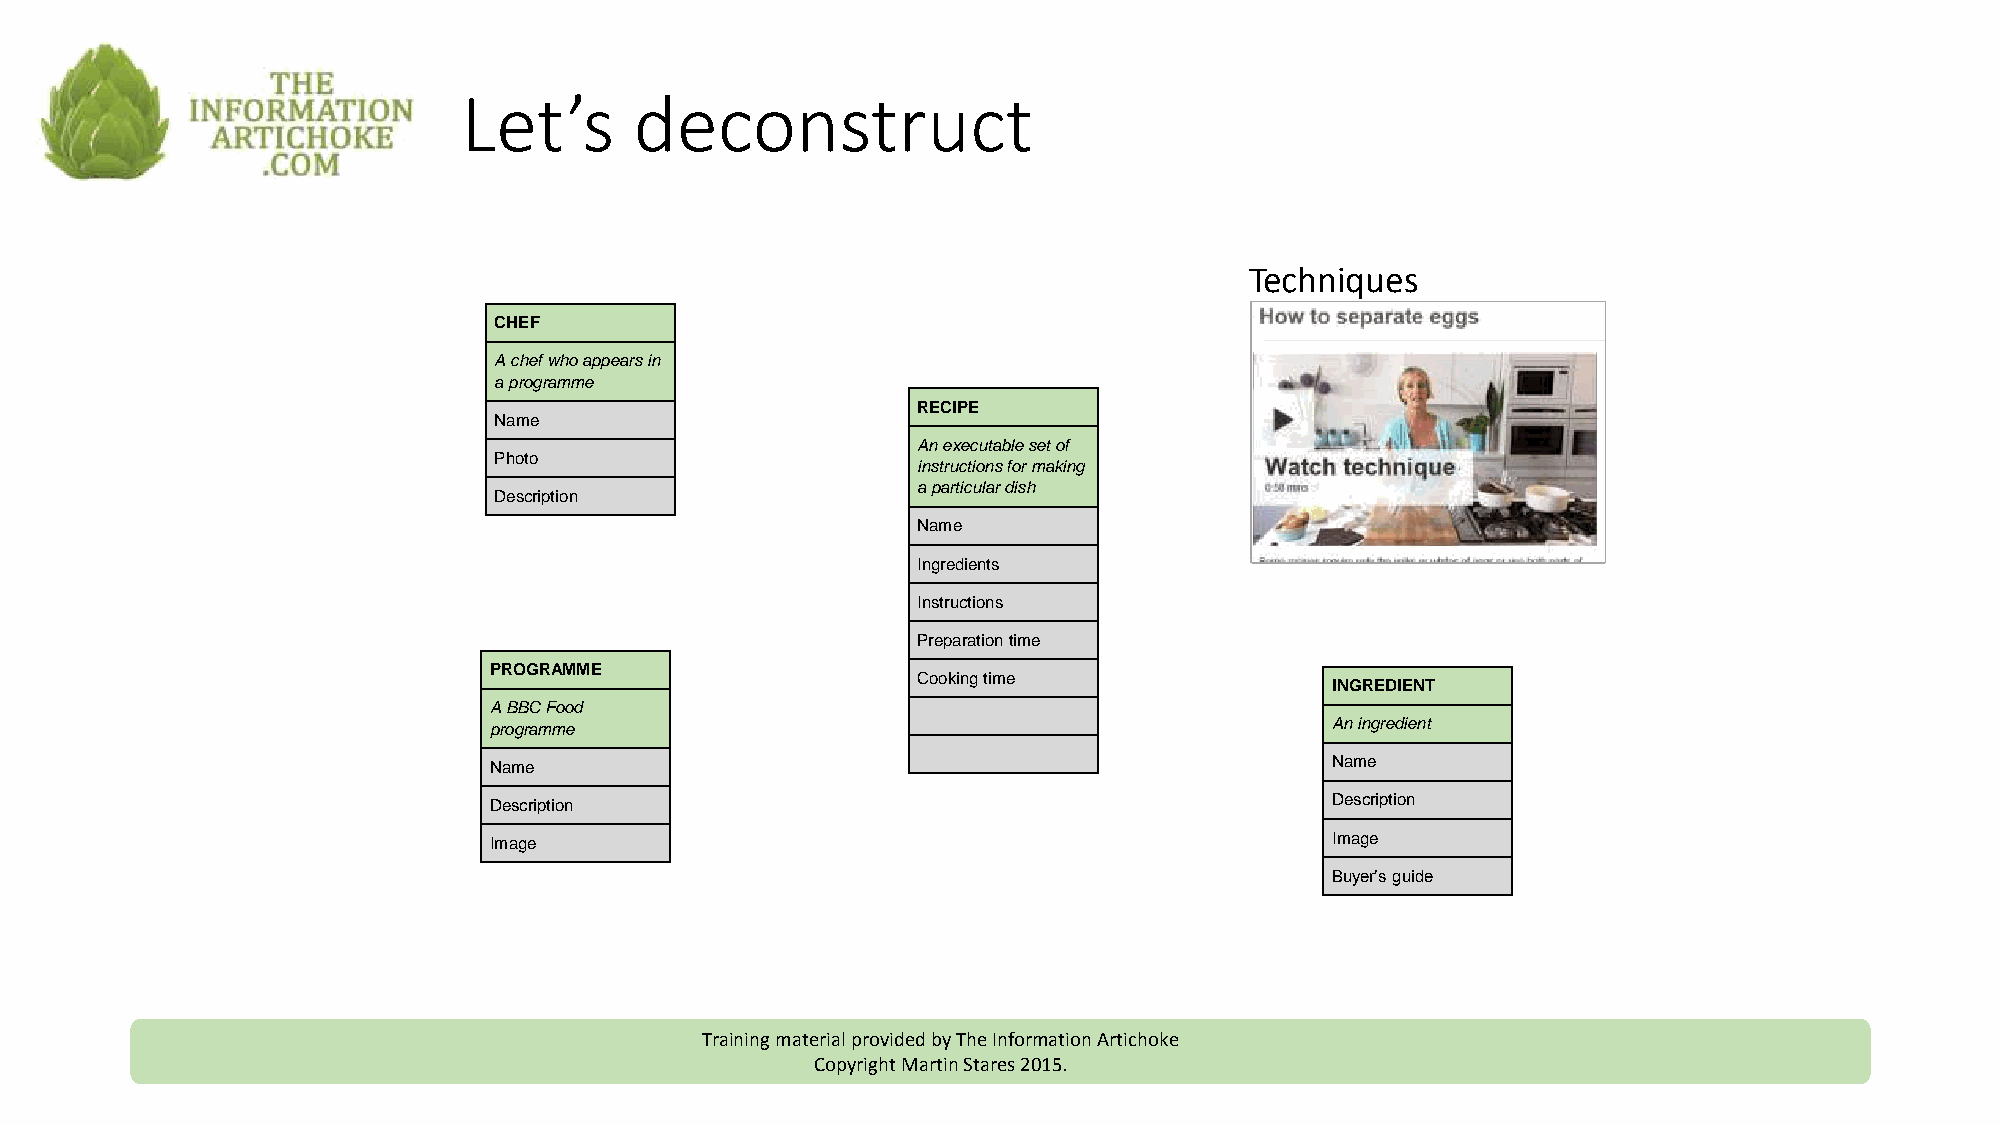
Let’s      deconstruct
 Techniques
 CHEF
 A chef who appears in
 a programme
 RECIPE
 Name
 An executable set of
 Photo
 instructions formaking
 a particular dish
 Description
 Name
 Ingredients
 Instructions
 Preparationtime
 PROGRAMME
 Cooking time
 INGREDIENT
 A BBC Food
 programme                                               An ingredient
 Name                                                    Name
 Description                                             Description
 Image                                                   Image
 Buyer’s guide
 Training material provided by The Information Artichoke
 Copyright Martin Stares 2015.